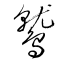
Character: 鷲